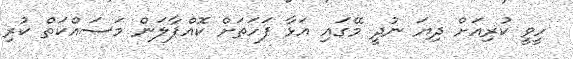
ހީވީ ކުރިއަށް ދިޔަ ނުދީ މޭގައި އަޅާ ފަހަތަށް ކޮއްޕާލަން މަސައްކަތް ކުރި